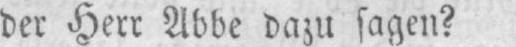
der Herr Abbe dazu sagen?